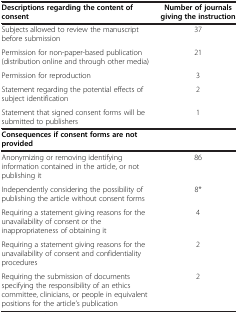
<table><thead><tr><td><b>Descriptions regarding the content of consent</b></td><td><b>Number of journals giving the instruction</b></td></tr></thead><tbody><tr><td>Subjects allowed to review the manuscript before submission</td><td>37</td></tr><tr><td>Permission for non-paper-based publication (distribution online and through other media)</td><td>21</td></tr><tr><td>Permission for reproduction</td><td>3</td></tr><tr><td>Statement regarding the potential effects of subject identification</td><td>2</td></tr><tr><td>Statement that signed consent forms will be submitted to publishers</td><td>1</td></tr><tr><td><b>Consequences if consent forms are not provided</b></td><td> </td></tr><tr><td>Anonymizing or removing identifying information contained in the article, or not publishing it</td><td>86</td></tr><tr><td>Independently considering the possibility of publishing the article without consent forms</td><td>8*</td></tr><tr><td>Requiring a statement giving reasons for the unavailability of consent or the inappropriateness of obtaining it</td><td>4</td></tr><tr><td>Requiring a statement giving reasons for the unavailability of consent and confidentiality procedures</td><td>2</td></tr><tr><td>Requiring the submission of documents specifying the responsibility of an ethics committee, clinicians, or people in equivalent positions for the article’s publication</td><td>2</td></tr></tbody></table>